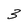
Character: 3